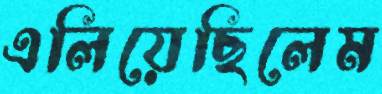
এলিয়েছিলেম